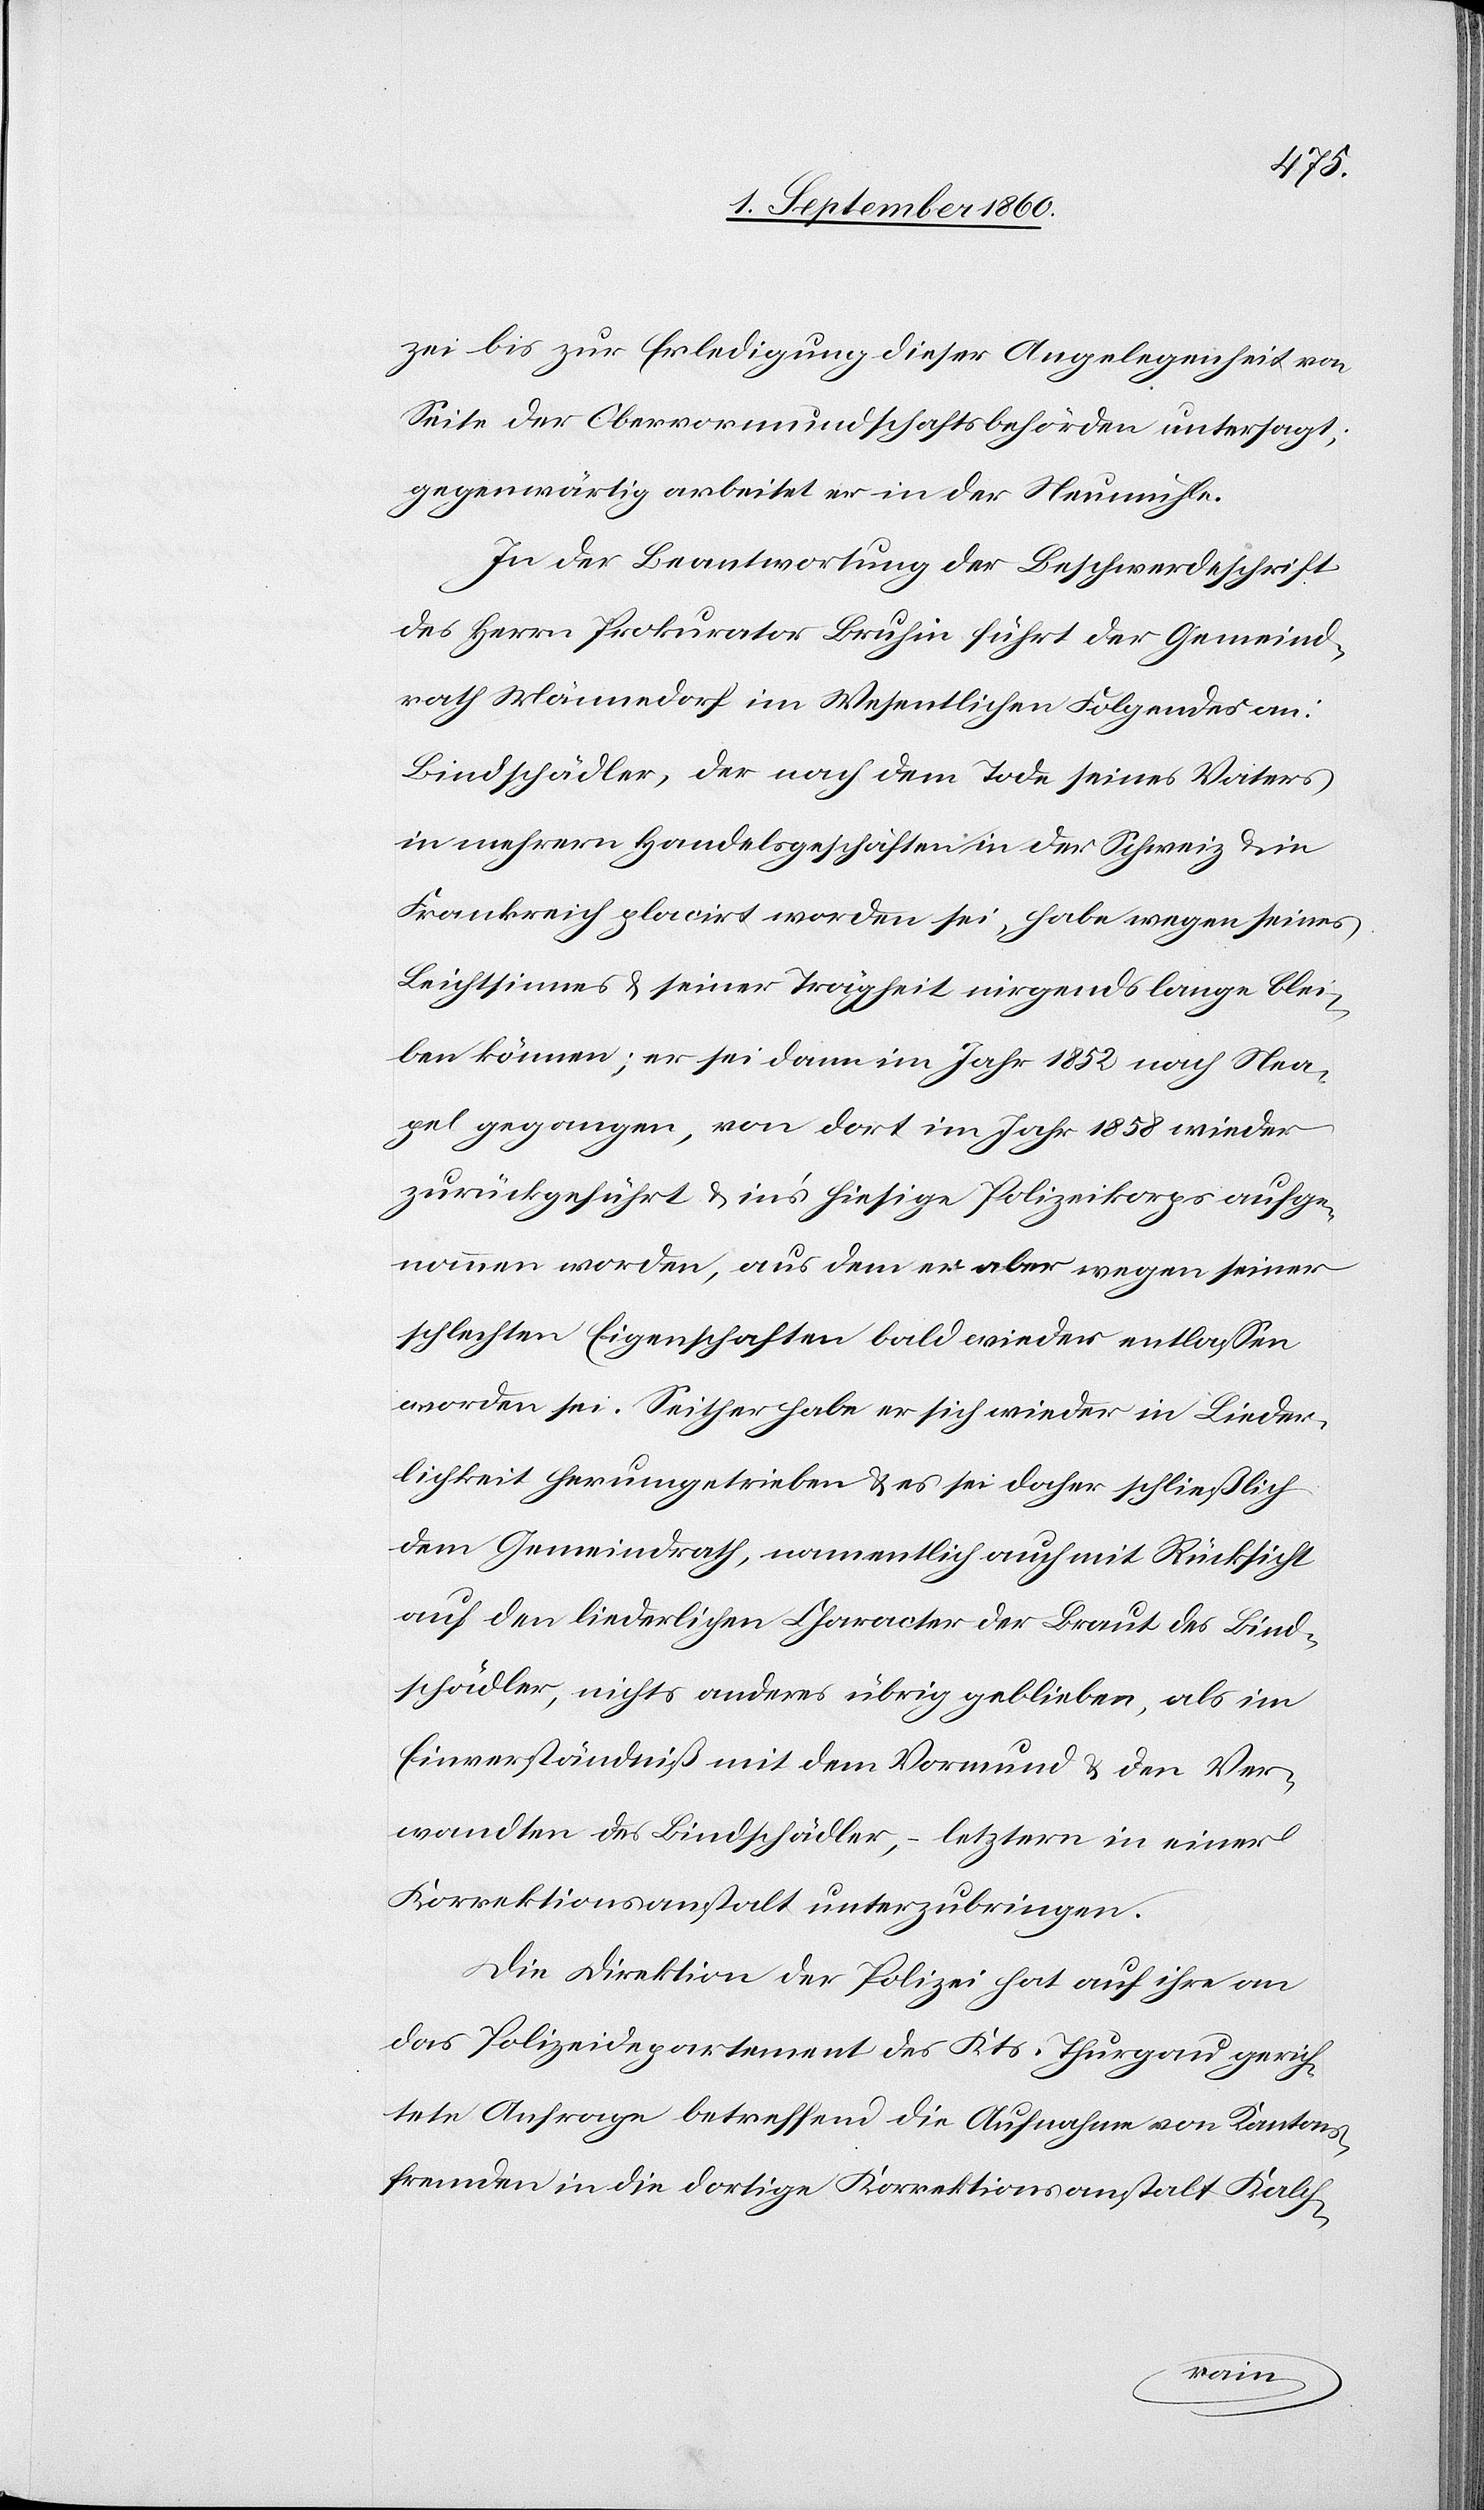
zei zur Erledigung dieser Angelegenheit von
Seite der Obervormundschaftsbehörden untersagt;
gegenwärtig arbeitet er in der Neumühle.
In der Beantwortung der Beschwerdeschrift
des Hrn. Prokurator Bruhin führt der Gemeind¬
rath Männedorf im Wesentlichen Folgendes an:
Bindschädler, der nach dem Tode seines Vaters
in mehrern Handelsgeschäften in der Schweiz u. in
Frankreich placirt worden sei, habe wegen seines
Leichtsinns u. seiner Trägheit nirgends lange blei¬
ben können; er sei sodann im Jahr 1852 nach Nea¬
pel gegangen, von dort im Jahr 1858 wieder
zurückgeführt u. ins hiesige Polizeikorps aufge¬
nommen worden, aus dem er aber wegen seiner
schlechten Eigenschaften bald wieder entlassen
worden sei. Seither habe er sich wieder in Lieder¬
lichkeit herumgetrieben, u. es sei daher schliesslich
dem Gemeindrath, namentlich auch mit Rücksicht
auf den liederlichen Charakter der Braut des Bind¬
schädler, nichts anderes übrig geblieben, als im
Einverständniß mit dem Vormund u. den Ver¬
wandten des Bindschädler, – letztern in einer
Korrektionsanstalt unterzubringen;
Die Direktion der Polizei hat auf ihre an
das Polizeidepartement des Kts. Thurgau gerich¬
tete Anfrage betreffend die Aufnahme von Kantons¬
fremden in die dortige Korrektionsanstalt Kalch-